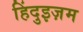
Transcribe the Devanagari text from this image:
हिंदुइज़म